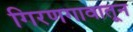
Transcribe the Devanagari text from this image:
गिरणगावातून